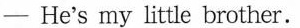
- He's my little brother.